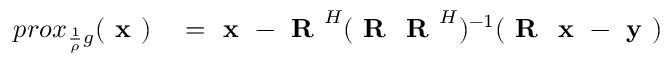
\begin{array} { r l } { p r o x _ { \frac { 1 } { \rho } g } ( \textbf { x } ) } & { { } = \textbf { x } - \textbf { R } ^ { H } ( \textbf { R } \textbf { R } ^ { H } ) ^ { - 1 } ( \textbf { R } \textbf { x } - \textbf { y } ) } \end{array}